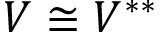
V \cong V ^ { * * }